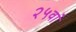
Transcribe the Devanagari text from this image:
२५वां